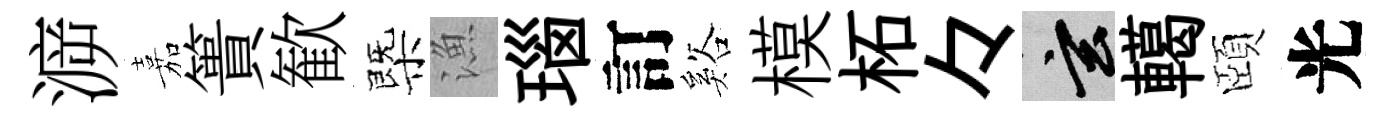
㴑嘉簣歓㮣漁瑙訂谿模柘々玄轕頤光